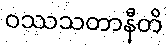
ဝဿသတာနီတိ